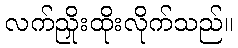
လက်ညှိုးထိုးလိုက်သည်။